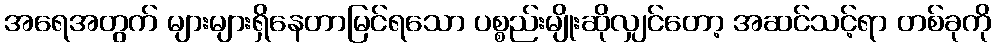
အရေအတွက် များများရှိနေတာမြင်ရသော ပစ္စည်းမျိုးဆိုလျှင်တော့ အဆင်သင့်ရာ တစ်ခုကို